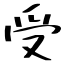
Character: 受